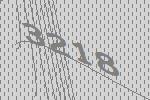
3218